Indian journal of veterinary science and animal husbandry - Volumes 22-23, 1952-1953
Year: 1952
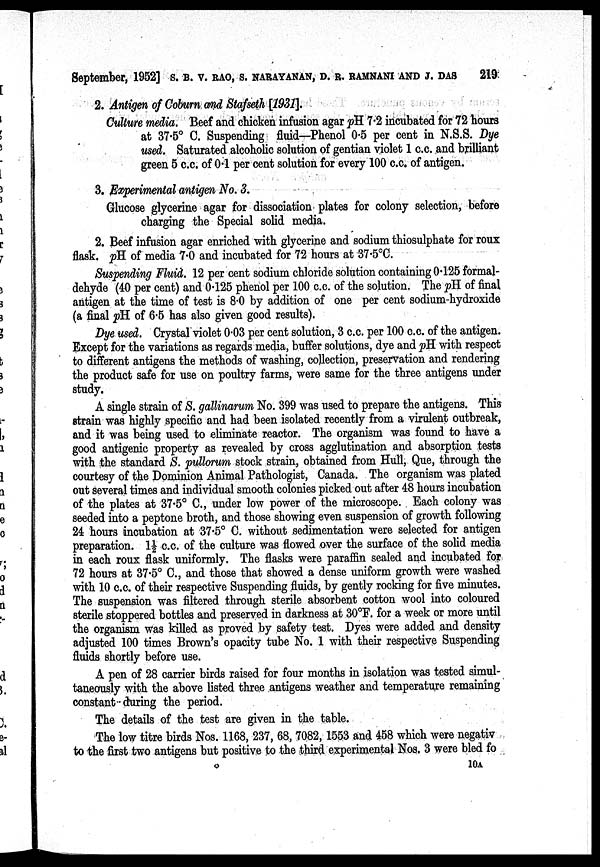
September, 1952] S. B. V. RAO, S. NARAYANAN, D. R. RAMNANI AND J. DAS 219
2. Antigen of Coburn and Stafseth [1931].
Culture media. Beef and chicken infusion agar pH. 7.2 incubated for 72 hours
at 37.5° C. Suspending fluid—Phenol 0.5 per cent in N.S.S. Dye
used. Saturated alcoholic solution of gentian violet 1 c.c. and brilliant
green 5 c.c. of 0.1 per cent solution for every 100 c.c. of antigen.
3. Experimental antigen No. 3.
Glucose glycerine agar for dissociation plates for colony selection, before
charging the Special solid media.
2. Beef infusion agar enriched with glycerine and sodium thiosulphate for roux
flask. pH of media 7.0 and incubated for 72 hours at 37.5°C.
Suspending Fluid. 12 per cent sodium chloride solution containing 0.125 formal-
dehyde (40 per cent) and 0.125 phenol per 100 c.c. of the solution. The pH of final
antigen at the time of test is 8.0 by addition of one per cent sodium-hydroxide
(a final pH of 6.5 has also given good results).
Dye used. Crystal violet 0.03 per cent solution, 3 c.c. per 100 c.c. of the antigen.
Except for the variations as regards media, buffer solutions, dye and pH with respect
to different antigens the methods of washing, collection, preservation and rendering
the product safe for use on poultry farms, were same for the three antigens under
study.
A single strain of S. gallinarum No. 399 was used to prepare the antigens. This
strain was highly specific and had been isolated recently from a virulent outbreak,
and it was being used to eliminate reactor. The organism was found to have a
good antigenic property as revealed by cross agglutination and absorption tests
with the standard S. pullorum stock strain, obtained from Hull, Que, through the
courtesy of the Dominion Animal Pathologist, Canada. The organism was plated
out several times and individual smooth colonies picked out after 48 hours incubation
of the plates at 37.5° C, under low power of the microscope.. Each colony was
seeded into a peptone broth, and those showing even suspension of growth following
24 hours incubation at 37.5° C. without sedimentation were selected for antigen
preparation. 1½ c.c. of the culture was flowed over the surface of the solid media
in each roux flask uniformly. The flasks were paraffin sealed and incubated for
72 hours at 37.5° C., and those that showed a dense uniform growth were washed
with 10 c.c. of their respective Suspending fluids, by gently rocking for five minutes.
The suspension was filtered through sterile absorbent cotton wool into coloured
sterile stoppered bottles and preserved in darkness at 30°F. for a week or more until
the organism was killed as proved by safety test. Dyes were added and density
adjusted 100 times Brown's opacity tube No. 1 with their respective Suspending
fluids shortly before use.
A pen of 28 carrier birds raised for four months in isolation was tested simul-
taneously with the above listed three antigens weather and temperature remaining
constant-during the period.
The details of the test are given in the table.
The low titre birds Nos. 1168, 237, 68, 7082, 1553 and 458 which were negativ
to the first two antigens but positive to the third experimental Nos. 3 were bled fo
10A